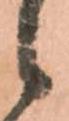
候